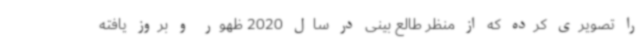
را تصویری کرده که از منظر طالع بینی در سال 2020 ظهور و بروز یافته